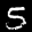
Label: 5